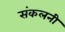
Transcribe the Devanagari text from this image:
संकलनी